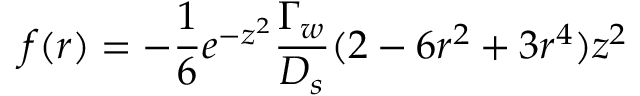
f ( r ) = - \frac { 1 } { 6 } e ^ { - z ^ { 2 } } \frac { \Gamma _ { w } } { D _ { s } } ( 2 - 6 r ^ { 2 } + 3 r ^ { 4 } ) z ^ { 2 }